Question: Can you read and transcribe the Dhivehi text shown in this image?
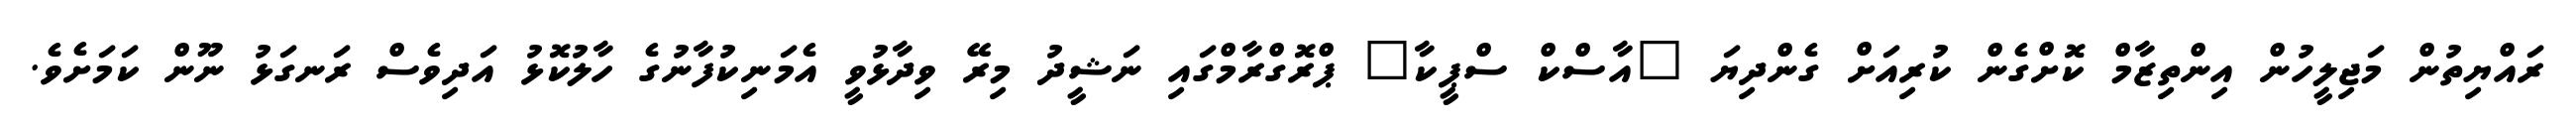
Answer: ރައްޔިތުން މަޖިލީހުން އިންތިޒާމް ކޮށްގެން ކުރިއަށް ގެންދިޔަ "އާސްކް ސްޕީކާ" ޕްރޮގްރާމްގައި ނަޝީދު މިރޭ ވިދާޅުވީ އެމަނިކުފާނުގެ ހާލުކޮޅު އަދިވެސް ރަނގަޅު ނޫން ކަމަށެވެ.